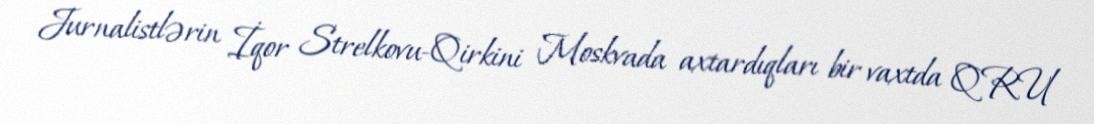
Jurnalistlərin İqor Strelkovu-Qirkini Moskvada axtardıqları bir vaxtda QRU